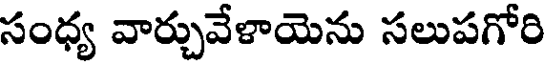
సంధ్య వార్చువేళాయెను సలుపగోరి